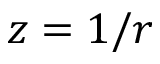
z = 1 / r